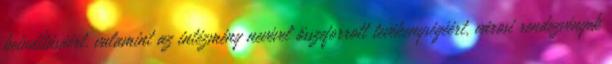
beindításáért, valamint az intézmény nevével összeforrott tevékenységéért, városi rendezvények